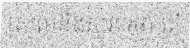
ស្រួលនឹងសួរទេថា តើ